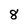
Character: 8